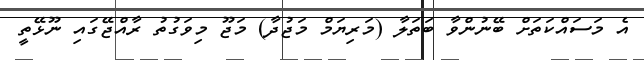
އެ މަސައްކަތަށް ބޭނުންވާ ބަތަލާ (މަރިޔަމް މަޖުދާ) މަޖޫ މިވަގުތު ރާއްޖޭގައި ނޫޅޭތީ